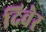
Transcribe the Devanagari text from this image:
दिवेर